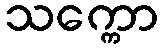
သက္ကော